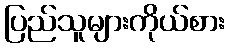
ပြည်သူများကိုယ်စား